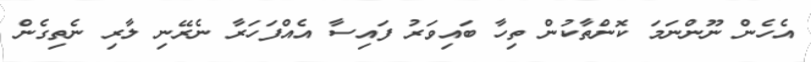
އެހެން ނޫންނަމަ ކޮންތާކުން ތިހާ ބައިވަރު ފައިސާ އެއްފަހަރާ ނެރޭނި ލާރި ނެތިގެން